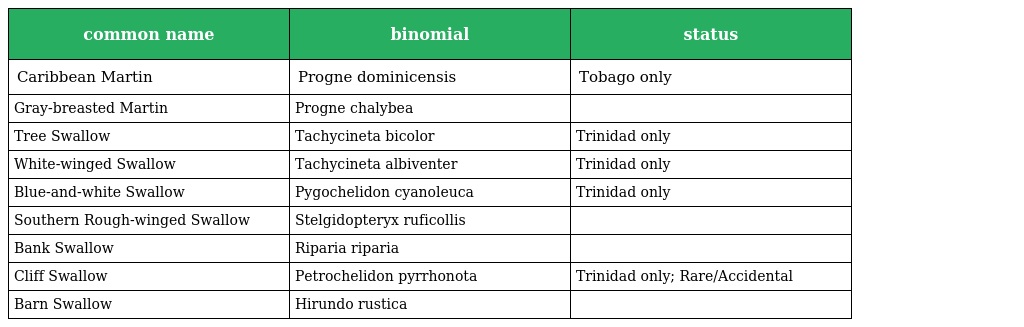
| common name | binomial | status |
 | --- | --- | --- |
 | Caribbean Martin | Progne dominicensis | Tobago only |
 | Gray-breasted Martin | Progne chalybea |  |
 | Tree Swallow | Tachycineta bicolor | Trinidad only |
 | White-winged Swallow | Tachycineta albiventer | Trinidad only |
 | Blue-and-white Swallow | Pygochelidon cyanoleuca | Trinidad only |
 | Southern Rough-winged Swallow | Stelgidopteryx ruficollis |  |
 | Bank Swallow | Riparia riparia |  |
 | Cliff Swallow | Petrochelidon pyrrhonota | Trinidad only; Rare/Accidental |
 | Barn Swallow | Hirundo rustica |  |